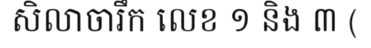
សិលាចារឹក លេខ ១ និង ៣ (